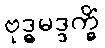
ဗုဒ္ဓမဒ္ဒက္ခိံ